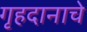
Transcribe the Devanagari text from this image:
गृहदानाचे